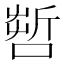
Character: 𠺤